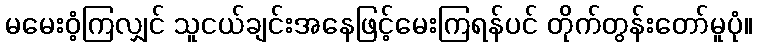
မမေးဝံ့ကြလျှင် သူငယ်ချင်းအနေဖြင့်မေးကြရန်ပင် တိုက်တွန်းတော်မူပုံ။